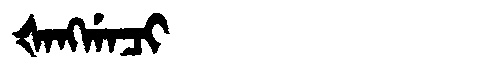
Manchu: ᡧᠠᠩᡤᠠᠴᡳ
Romanization: ŠANGGACI